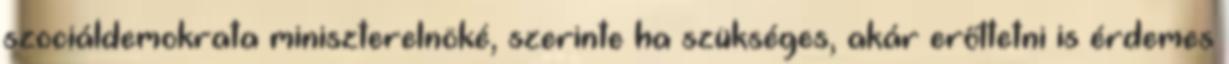
szociáldemokrata miniszterelnöké, szerinte ha szükséges, akár erőltetni is érdemes